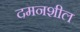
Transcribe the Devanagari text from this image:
दमनशील